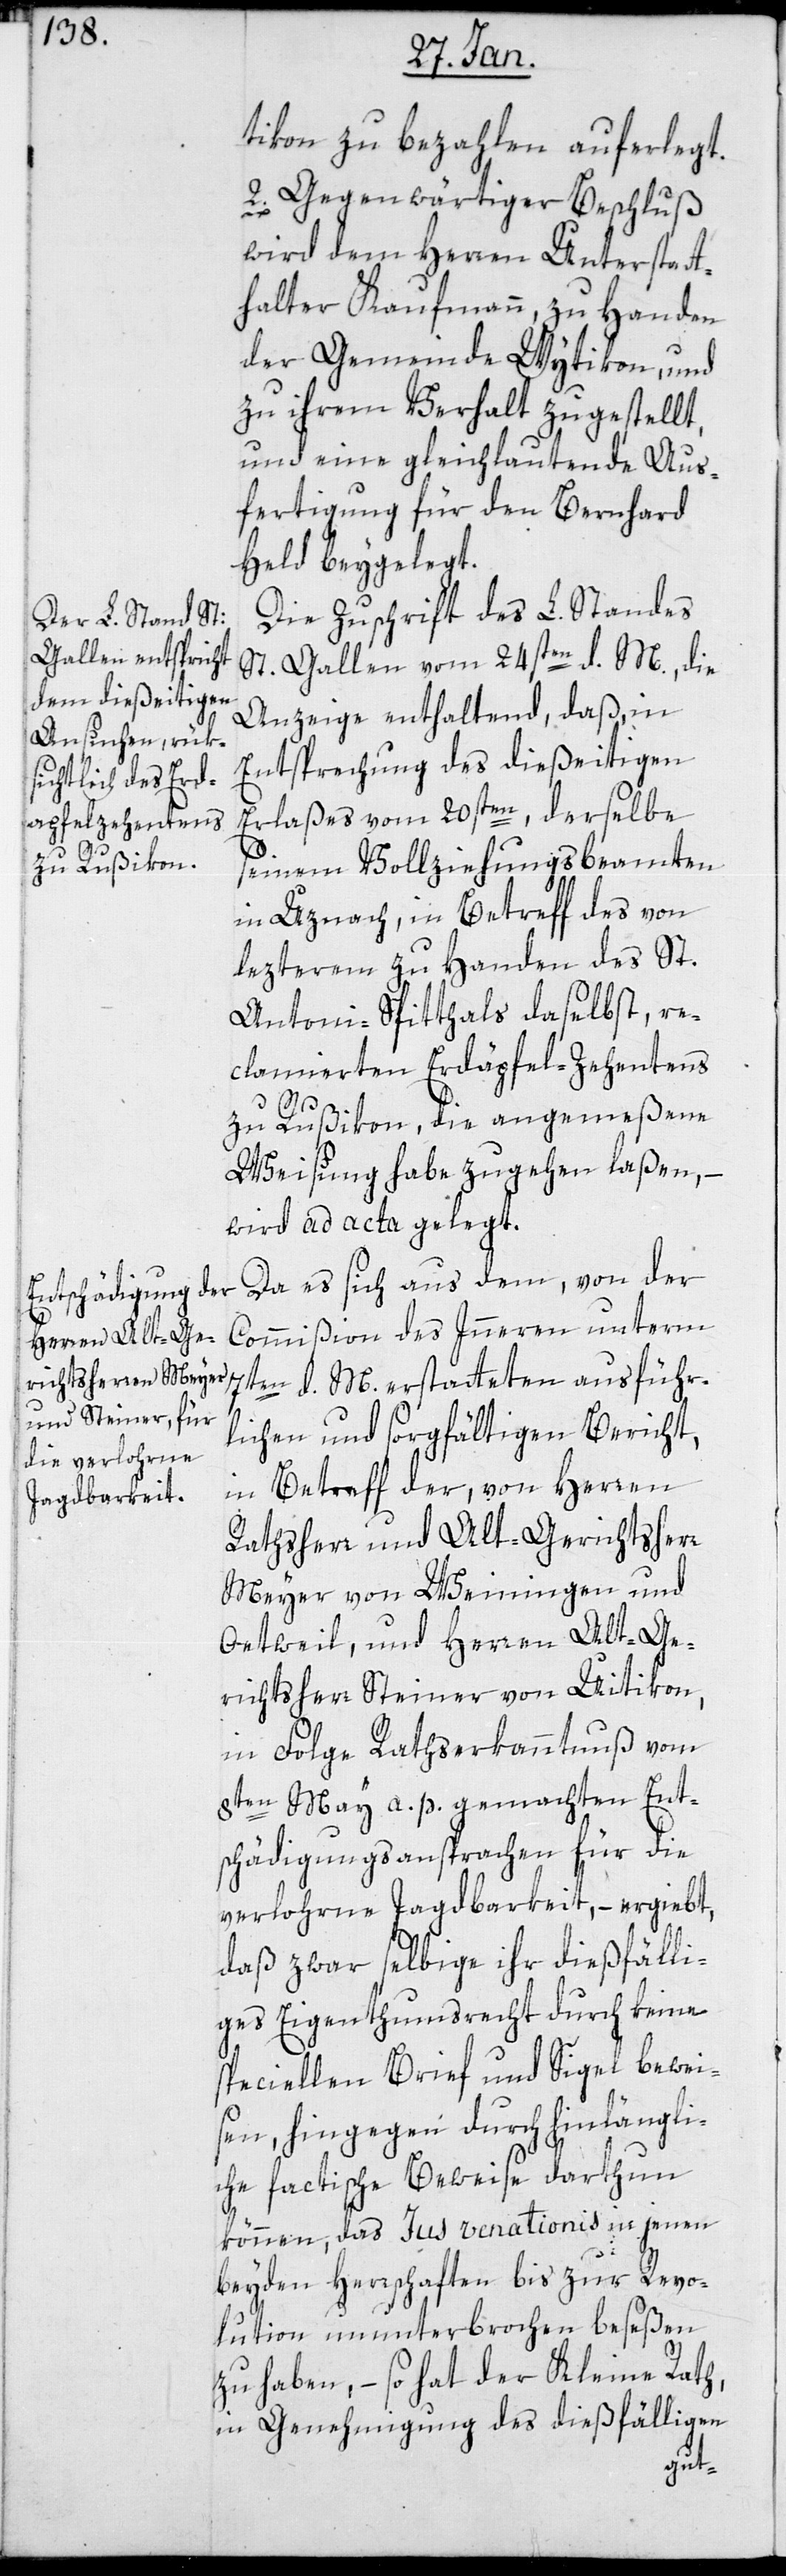
tikon zu bezahlen auferlegt.
2. Gegenwärtiger Beschluß
wird dem Herren Unterstatt¬
halter Kaufmann zu Handen
der Gemeinde Wytikon und
zu ihrem Verhalt zugestellt,
und eine gleichlautende Aus¬
fertigung für den Bernhard
Held beygelegt.
Die Zuschrift des L. Standes
St. Gallen vom 24sten d. M., die
Anzeige enthaltend, daß in
Entsprechung des dießeitigen
Erlaßes vom 20sten, derselbe
seinem Vollziehungsbeamten
in Uznach, in Betreff des von
lezterem zu Handen des St.
Antoni-Spitthals daselbst re¬
clamierten Erdäpfel-Zehentens
zu Rußikon, die angemeßene
Weisung habe zugehen laßen, –
wird ad acta gelegt.
Da es sich aus dem von der
Commißion des Innern unterm
7ten d. M. erstatteten ausführ¬
lichen und sorgfältigen Bericht,
in Betreff der, von Herren
Rathsherr und Alt-Gerichtsherr
Meyer von Weiningen und
Oetwil; und Herren Alt-Ge¬
richtsherr Steiner von Uitikon,
in Folge Rathserkanntnuß vom
8ten Mai a. p. gemachten Ent¬
schädigungs-Ansprachen für die
verlohrene Jagdbarkeit, – ergibt,
daß zwar selbige ihr dießfälli¬
ges Eigenthumsrecht durch keine
speciellen Brief und Sigel bewei¬
sen, hingegen durch hinlängli¬
che factische Beweise darthun
können, das Jus venationis in jenen
beyden Herrschaften bis zur Revo¬
lution ununterbrochen beseßen
zu haben, – so hat der Kleine Rath,
in Genehmigung des dießfälligen